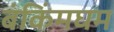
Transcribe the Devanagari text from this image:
बंकिंमघम